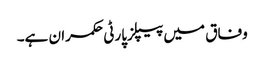
وفاق میں پیپلزپارٹی حکمران ہے۔